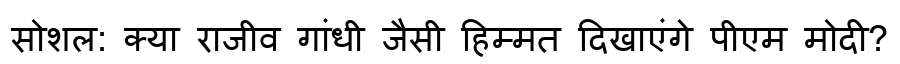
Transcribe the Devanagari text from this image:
सोशल: क्या राजीव गांधी जैसी हिम्मत दिखाएंगे पीएम मोदी?